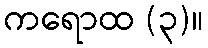
ကရောထ (၃)။